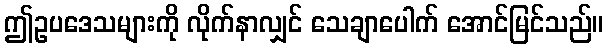
ဤဥပဒေသများကို လိုက်နာလျှင် သေချာပေါက် အောင်မြင်သည်။